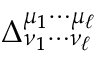
\Delta _ { \nu _ { 1 } \cdots \nu _ { \ell } } ^ { \mu _ { 1 } \cdots \mu _ { \ell } }